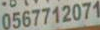
0567712071